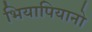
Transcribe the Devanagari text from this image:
भियापियानो